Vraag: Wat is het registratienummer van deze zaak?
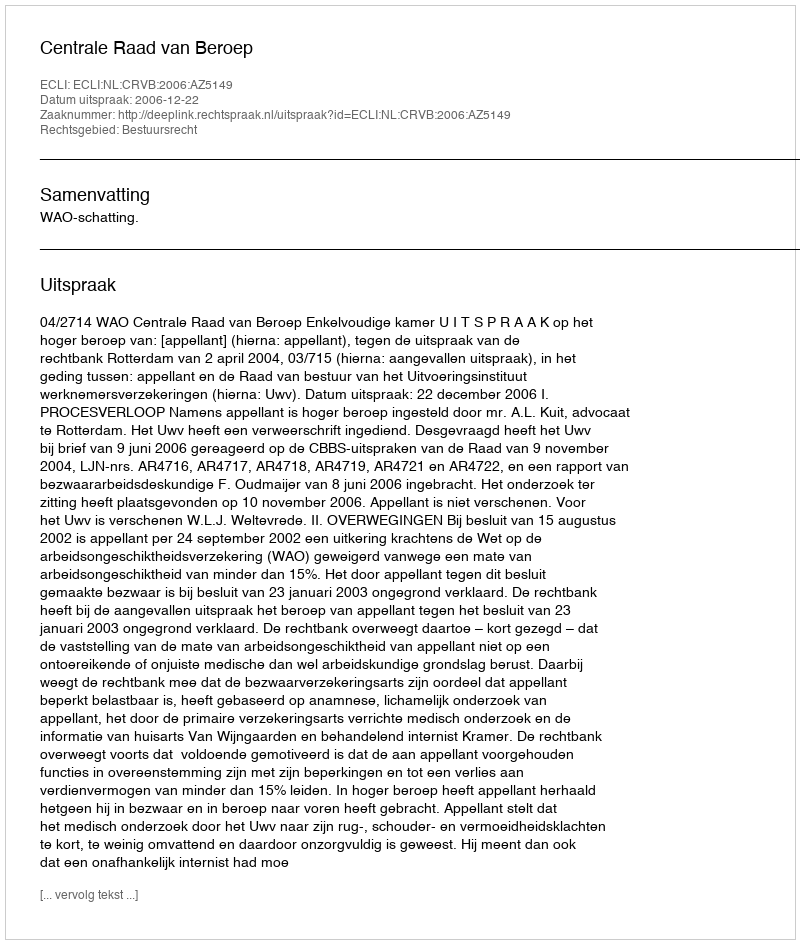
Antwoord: http://deeplink.rechtspraak.nl/uitspraak?id=ECLI:NL:CRVB:2006:AZ5149